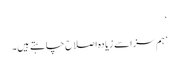
‘
’ہم سزا سے زیادہ اصلاح چاہتے ہیں۔